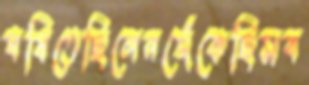
ঘষিতেছিলেনজেঁকেছিসব